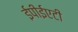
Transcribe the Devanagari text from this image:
ईपीईएटी